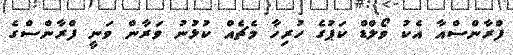
ފްރާންސްއާ އެކު ވޯލްޑް ކަޕުގެ ހުރިހާ މެޗެއް ކުޅުނު ވަރާން ވަނީ ފްރާންސްގެ